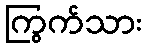
ကြွက်သား